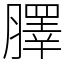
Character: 䐾